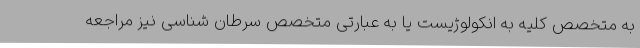
به متخصص کلیه به انکولوژیست یا به عبارتی متخصص سرطان شناسی نیز مراجعه